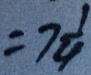
= 7 \frac { 1 } { 4 }